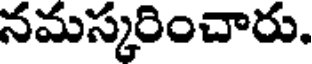
నమస్కరించారు.